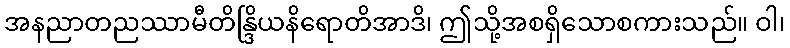
အနညာတညဿာမီတိန္ဒြိယနိရောတိအာဒိ၊ ဤသို့အစရှိသောစကားသည်။ ဝါ၊